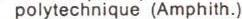
polytechnique (Amphith.)